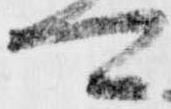
可